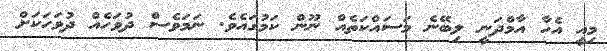
މިއީ އެހާ އާމްދަނީ ލިބޭނެ މަސައްކަތެއް ނޫން ކަމުގައެވެ. ނަމަވެސް ދުވަހެއް ދުވަހަަކަށް